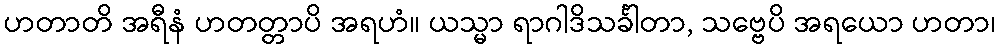
ဟတာတိ အရီနံ ဟတတ္တာပိ အရဟံ။ ယသ္မာ ရာဂါဒိသင်္ခါတာ, သဗ္ဗေပိ အရယော ဟတာ၊